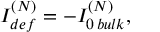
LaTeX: { I _ { d e f } ^ { ( N ) } = - I _ { 0 \, b u l k } ^ { ( N ) } , }